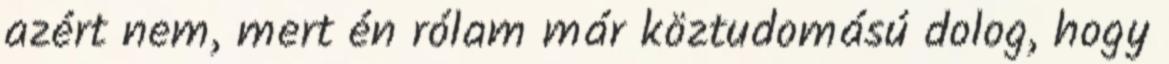
azért nem, mert én rólam már köztudomású dolog, hogy